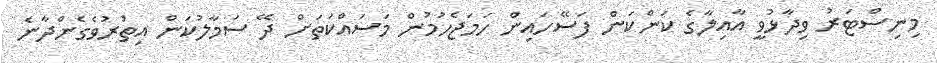
މިނިސްޓަރު ވިދާޅުވީ އާއިލާގެ ކަންކަން ފަސޭހައިން ހަމަޖެހުމުން މަސައްކަތަށް ދޭ ސަމާލުކަން އިތުރުވެގެންދާނެ